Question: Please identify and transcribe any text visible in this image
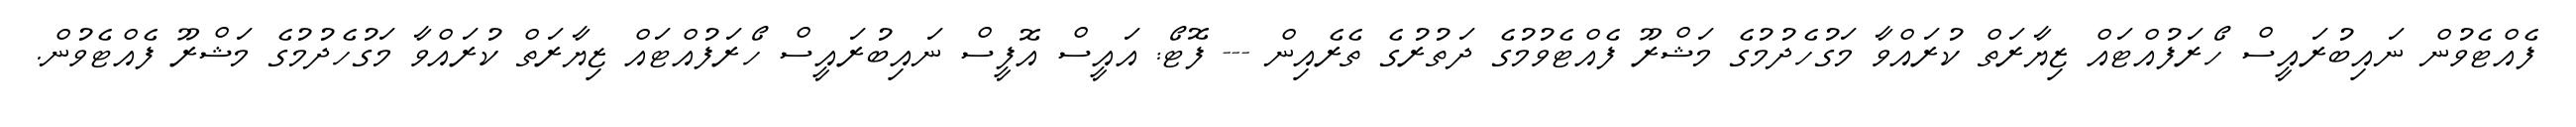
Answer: ފެއްޓެވުން ނައިބުރައީސް ހޯރަފުއްޓައް ޒިޔާރަތް ކުރައްވާ މަގުހެދުމުގެ މަޝްރޫ ފެއްޓެވުމުގެ ދަތުރުގެ ތެރެއިން --- ފޮޓޯ: އައީސް އޮފީސް ނައިބުރައީސް ހޯރަފުއްޓައް ޒިޔާރަތް ކުރައްވާ މަގުހެދުމުގެ މަޝްރޫ ފެއްޓެވުން.